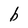
Character: b